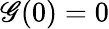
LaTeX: \mathscr{G}(0)=0